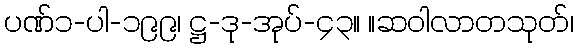
ပဏ်၁-ပါ-၁၉၉၊ ဋ္ဌ-ဒု-အုပ်-၄၃။ ။ဆဝါလာတသုတ်၊